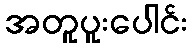
အတူပူးပေါင်း